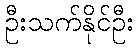
ဦးသက်နိုင်ဦး